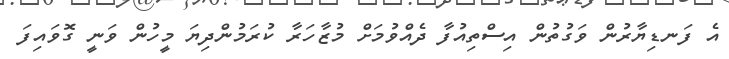
އެ ފަނޑިޔާރުން ވަގުތުން އިސްތިއުފާ ދެއްވުމަށް މުޒާހަރާ ކުރަމުންދިޔަ މީހުން ވަނީ ގޮވައިފަ